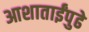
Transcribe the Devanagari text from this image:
आशाताईंपुढे